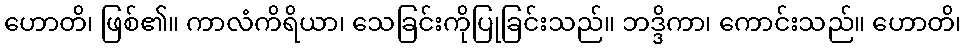
ဟောတိ၊ ဖြစ်၏။ ကာလံကိရိယာ၊ သေခြင်းကိုပြုခြင်းသည်။ ဘဒ္ဒိကာ၊ ကောင်းသည်။ ဟောတိ၊